Leprosy in India: report of the Leprosy Commission in India, 1890-91
Year: 1890
Disease focus: Leprosy
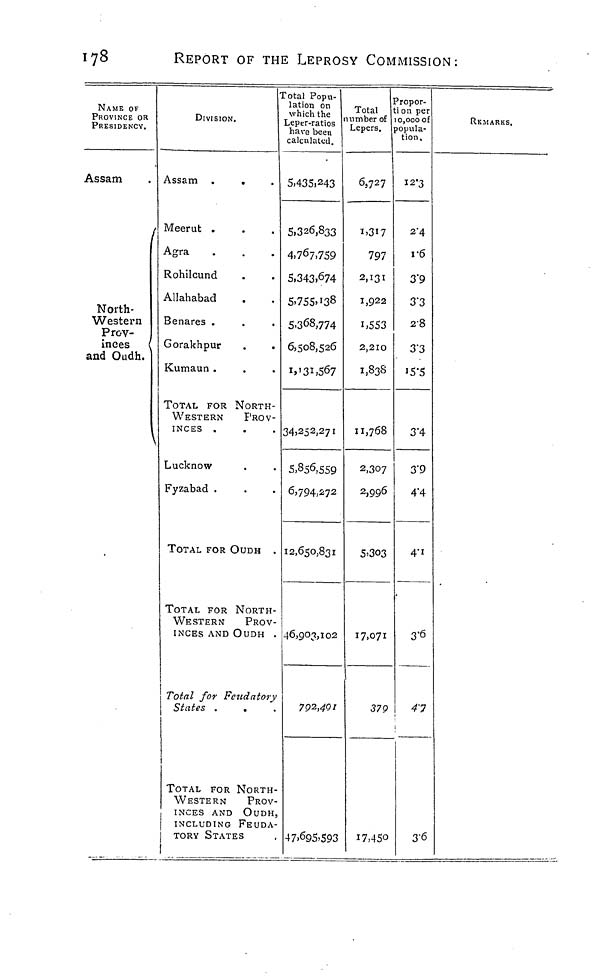
178
REPORT OF THE LEPROSY COMMISSION:
NAME OF
PROVINCE OR
PRESIDENCY.
Assam
I
North-
Western
irrov™
inces (
and Oudh.
\
DIVISION,
Assam .
.
Meerut .
Agra
Rohilcund
Allahabad
Benares .
Gorakhpur
Kumaun .
TOTAL FOR NORTH-
WESTERN
PROV-
INCES .
Lucknow
Fyzabad .
TOTAL FOR OUDH
TOTAL FOR NORTH
WESTERN
PROV
INCES AND OUDH
Total for FetidatorŜ
tates .
.
TOTAL FOR NORTH
WESTERN
PROV
INCES AND OUD£
INCLUDING FEUD/
j TORY STATES
1
'otal Popu-
ation on
which the
Leper-ratios
have beeu
calculated.
5,435,243
5,326,833
4»767,759
5,343.674
5,755.138
5.368,774
6,508,526
i»'3ii567
34,252,271
5,856,559
6,794,272
12,650,831
46,903,102
792,491
47.695»59
Total
number of
Lepers.
6,727
I.3I7
797
2,131
1,922
1,553
2,210
1,838
11,768
2,307
2,996
5>3O3
17,071
37<
3 17,45^r
opor-
ti on per
I 0,000 Of
popula-
tion.
12-3
2"4
V6
3'9
3'3
2-8
3-3
'5'5
3'4
3'9
4"4
A' 1
3'6
0
3'C
RKMARKS.